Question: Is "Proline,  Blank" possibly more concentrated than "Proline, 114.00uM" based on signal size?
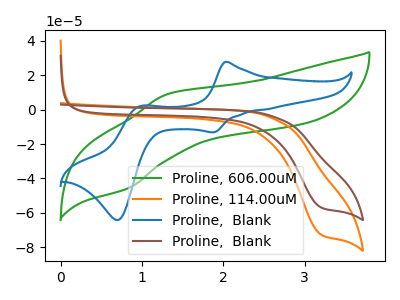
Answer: <think>The green curve "Proline, 606.00uM" has an anodic peak at (1.35V, 9.20uA) and a cathodic peak at (0.85V, -45.55uA). The orange curve "Proline, 114.00uM" has a cathodic peak at: (3.20V, -72.50uA). The blue curve "Proline,  Blank" has anodic peaks at (2.05V, 27.70uA) (1.00V, 2.10uA) and cathodic peaks at (1.90V, -13.15uA) (0.70V, -64.10uA). The brown curve "Proline,  Blank" has a cathodic peak at: (3.20V, -56.75uA).
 All the peaks in "Proline,  Blank" have a peak in "Proline, 114.00uM" at the same potential. Every peak in "Proline,  Blank" is lower than every peak in "Proline, 114.00uM".</think>
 <answer>"Proline,  Blank" has less signal than "Proline, 114.00uM".</answer>
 <eval>less_signal</eval>